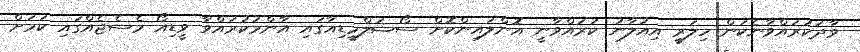
ވާދަކުރައްވާނެކަން ހިލަރީ އިއުލާނު ކުރައްވާނީ އޮންލައިންކޮށް ސޯޝަލްމީޑިއާގައި އާންމުކުރައްވާ ވީޑިއޯ މެސެޖެއްގައި ކަމަށް